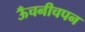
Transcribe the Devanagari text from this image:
ऊँचनीचपन